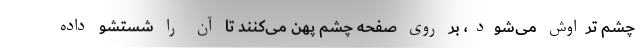
چشم تراوش می‌شود، بر روی صفحه چشم پهن می‌کنند تا آن را شستشو داده